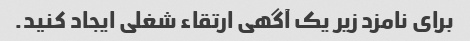
برای نامزد زیر یک آگهی ارتقاء شغلی ایجاد کنید.